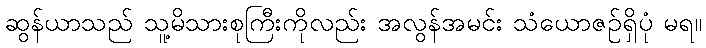
ဆွန်ယာသည် သူ့မိသားစုကြီးကိုလည်း အလွန်အမင်း သံယောဇဉ်ရှိပုံ မရ။